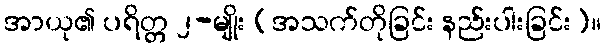
အာယု၏ ပရိတ္တ ၂-မျိုး (အသက်တိုခြင်း နည်းပါးခြင်း)။